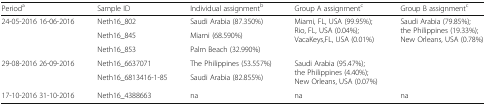
<table><thead><tr><td><b>Period<sup>a</sup></b></td><td><b>Sample ID</b></td><td><b>Individual assignment<sup>b</sup></b></td><td><b>Group A assignment<sup>c</sup></b></td><td><b>Group B assignment<sup>c</sup></b></td></tr></thead><tbody><tr><td rowspan="3">24-05-2016 16-06-2016</td><td>Neth16_802</td><td>Saudi Arabia (87.350%)</td><td rowspan="3">Miami, FL, USA (99.95%); Rio, FL, USA (0.04%); VacaKeys,FL, USA (0.01%)</td><td rowspan="5">Saudi Arabia (79.85%); the Philippines (19.33%); New Orleans, USA (0.78%)</td></tr><tr><td>Neth16_845</td><td>Miami (68.590%)</td></tr><tr><td>Neth16_853</td><td>Palm Beach (32.990%)</td></tr><tr><td rowspan="2">29-08-2016 26-09-2016</td><td>Neth16_6637071</td><td>The Philippines (53.557%)</td><td rowspan="2">Saudi Arabia (95.47%); the Philippines (4.40%); New Orleans, USA (0.07%)</td></tr><tr><td>Neth16_6813416-1-85</td><td>Saudi Arabia (82.855%)</td></tr><tr><td>17-10-2016 31-10-2016</td><td>Neth16_4388663</td><td>na</td><td>na</td><td>na</td></tr></tbody></table>